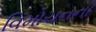
વિમોચનનો